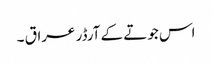
اس جوتے کے آرڈر عراق ۔